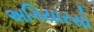
અગિયારસો